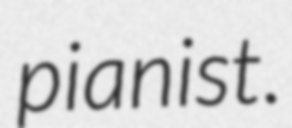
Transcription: pianist.